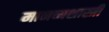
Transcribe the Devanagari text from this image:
मानव्यशास्त्री